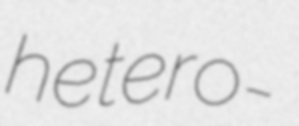
hetero-